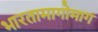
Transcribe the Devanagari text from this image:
भारतामागोमाग